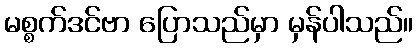
မစ္စက်ဒင်ဗာ ပြောသည်မှာ မှန်ပါသည်။